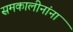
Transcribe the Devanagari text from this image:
समकालीनांना